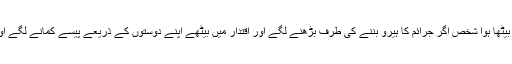
یہ سخت الفاظ ہمیں اس لیے کہنے پڑ رہے ہیں، کیو ںکہ اگر ایک زمانے میں صحافت کے ہیرو کے عہدہ پر بیٹھا ہوا شخص اگر جرائم کا ہیرو بننے کی طرف بڑھنے لگے اور اقتدار میں بیٹھے اپنے دوستوں کے ذریعے پیسے کمانے لگے اور اخبار کا استعمال ملک مخالف طاقتوں کو مدد پہنچانے کے لیے کرنے لگے، تو لکھنا ضروری ہو جاتا ہے۔